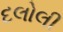
દલોલી